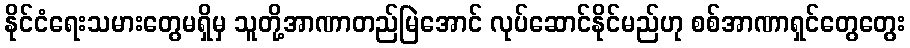
နိုင်ငံရေးသမားတွေမရှိမှ သူတို့အာဏာတည်မြဲအောင် လုပ်ဆောင်နိုင်မည်ဟု စစ်အာဏာရှင်တွေတွေး